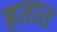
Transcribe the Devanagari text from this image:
हतात